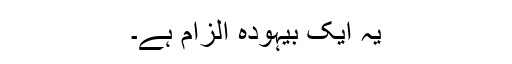
یہ ایک بیہودہ الزام ہے۔